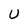
Character: U